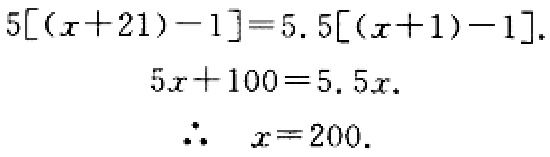
\[
\begin{align*}
5[(x + 21)-1]&=5.5[(x + 1)-1]\\
5x+100&=5.5x\\
\therefore\ x&=200.
\end{align*}
\]